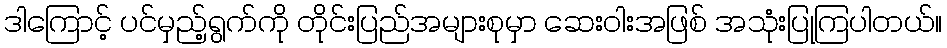
ဒါကြောင့် ပင်မှည့်ရွက်ကို တိုင်းပြည်အများစုမှာ ဆေးဝါးအဖြစ် အသုံးပြုကြပါတယ်။